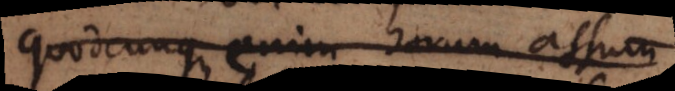
quodcunque enim horum assu